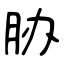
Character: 胁